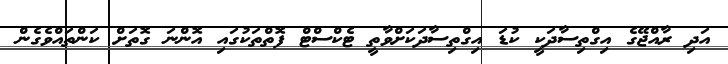
އަދި ރާއްޖޭގެ އިގްތިސާދަކީ ކުޑަ އިގްތިސާދަކަށްވާތީ ޓެކްސްޓް ފޮތްތަކުގައި އޮންނަ ގޮތަށް ކަންތައްވެގެން